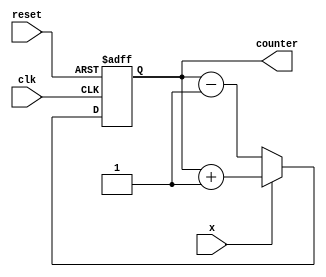
module part2ex1(input clk, reset,x , output[3:0]  counter);

reg [3:0] counter_x;

// down counter
always @(posedge clk or posedge reset)
begin
if(reset)
 counter_x <= 4'h0;
else if(~x)
 counter_x <= counter_x - 4'd1;
else
 counter_x <= counter_x + 4'd1;
end 

assign counter = counter_x;

endmodule